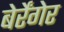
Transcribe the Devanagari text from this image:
बेर्रेंगेर